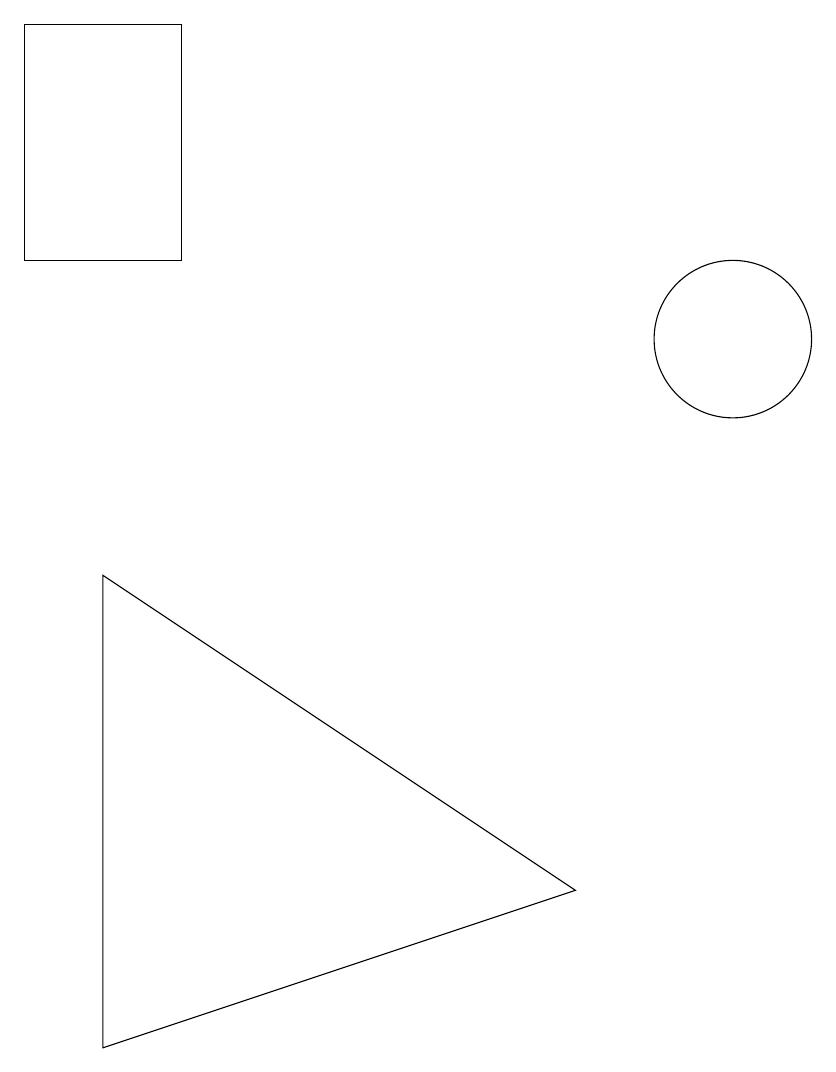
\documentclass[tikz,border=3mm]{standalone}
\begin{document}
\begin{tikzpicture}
\draw (11,11) circle (1);
\draw (9,4) -- (3,2) -- (3,8) -- cycle;
\draw (2,12) rectangle (4,15);
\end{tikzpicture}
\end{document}